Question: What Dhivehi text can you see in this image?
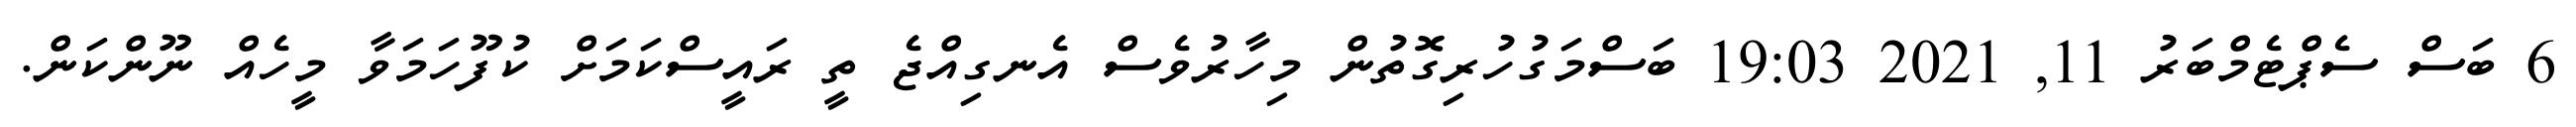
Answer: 6 ބަސް ސެޕްޓެމްބަރު 11, 2021 19:03 ބަސްމަގުހުރިގޮތުން މިހާރުވެސް އެނގިއްޖެ ތީ ރައީސްކަމަށް ކުފޫހަމަވާ މީހެއް ނޫންކަން.